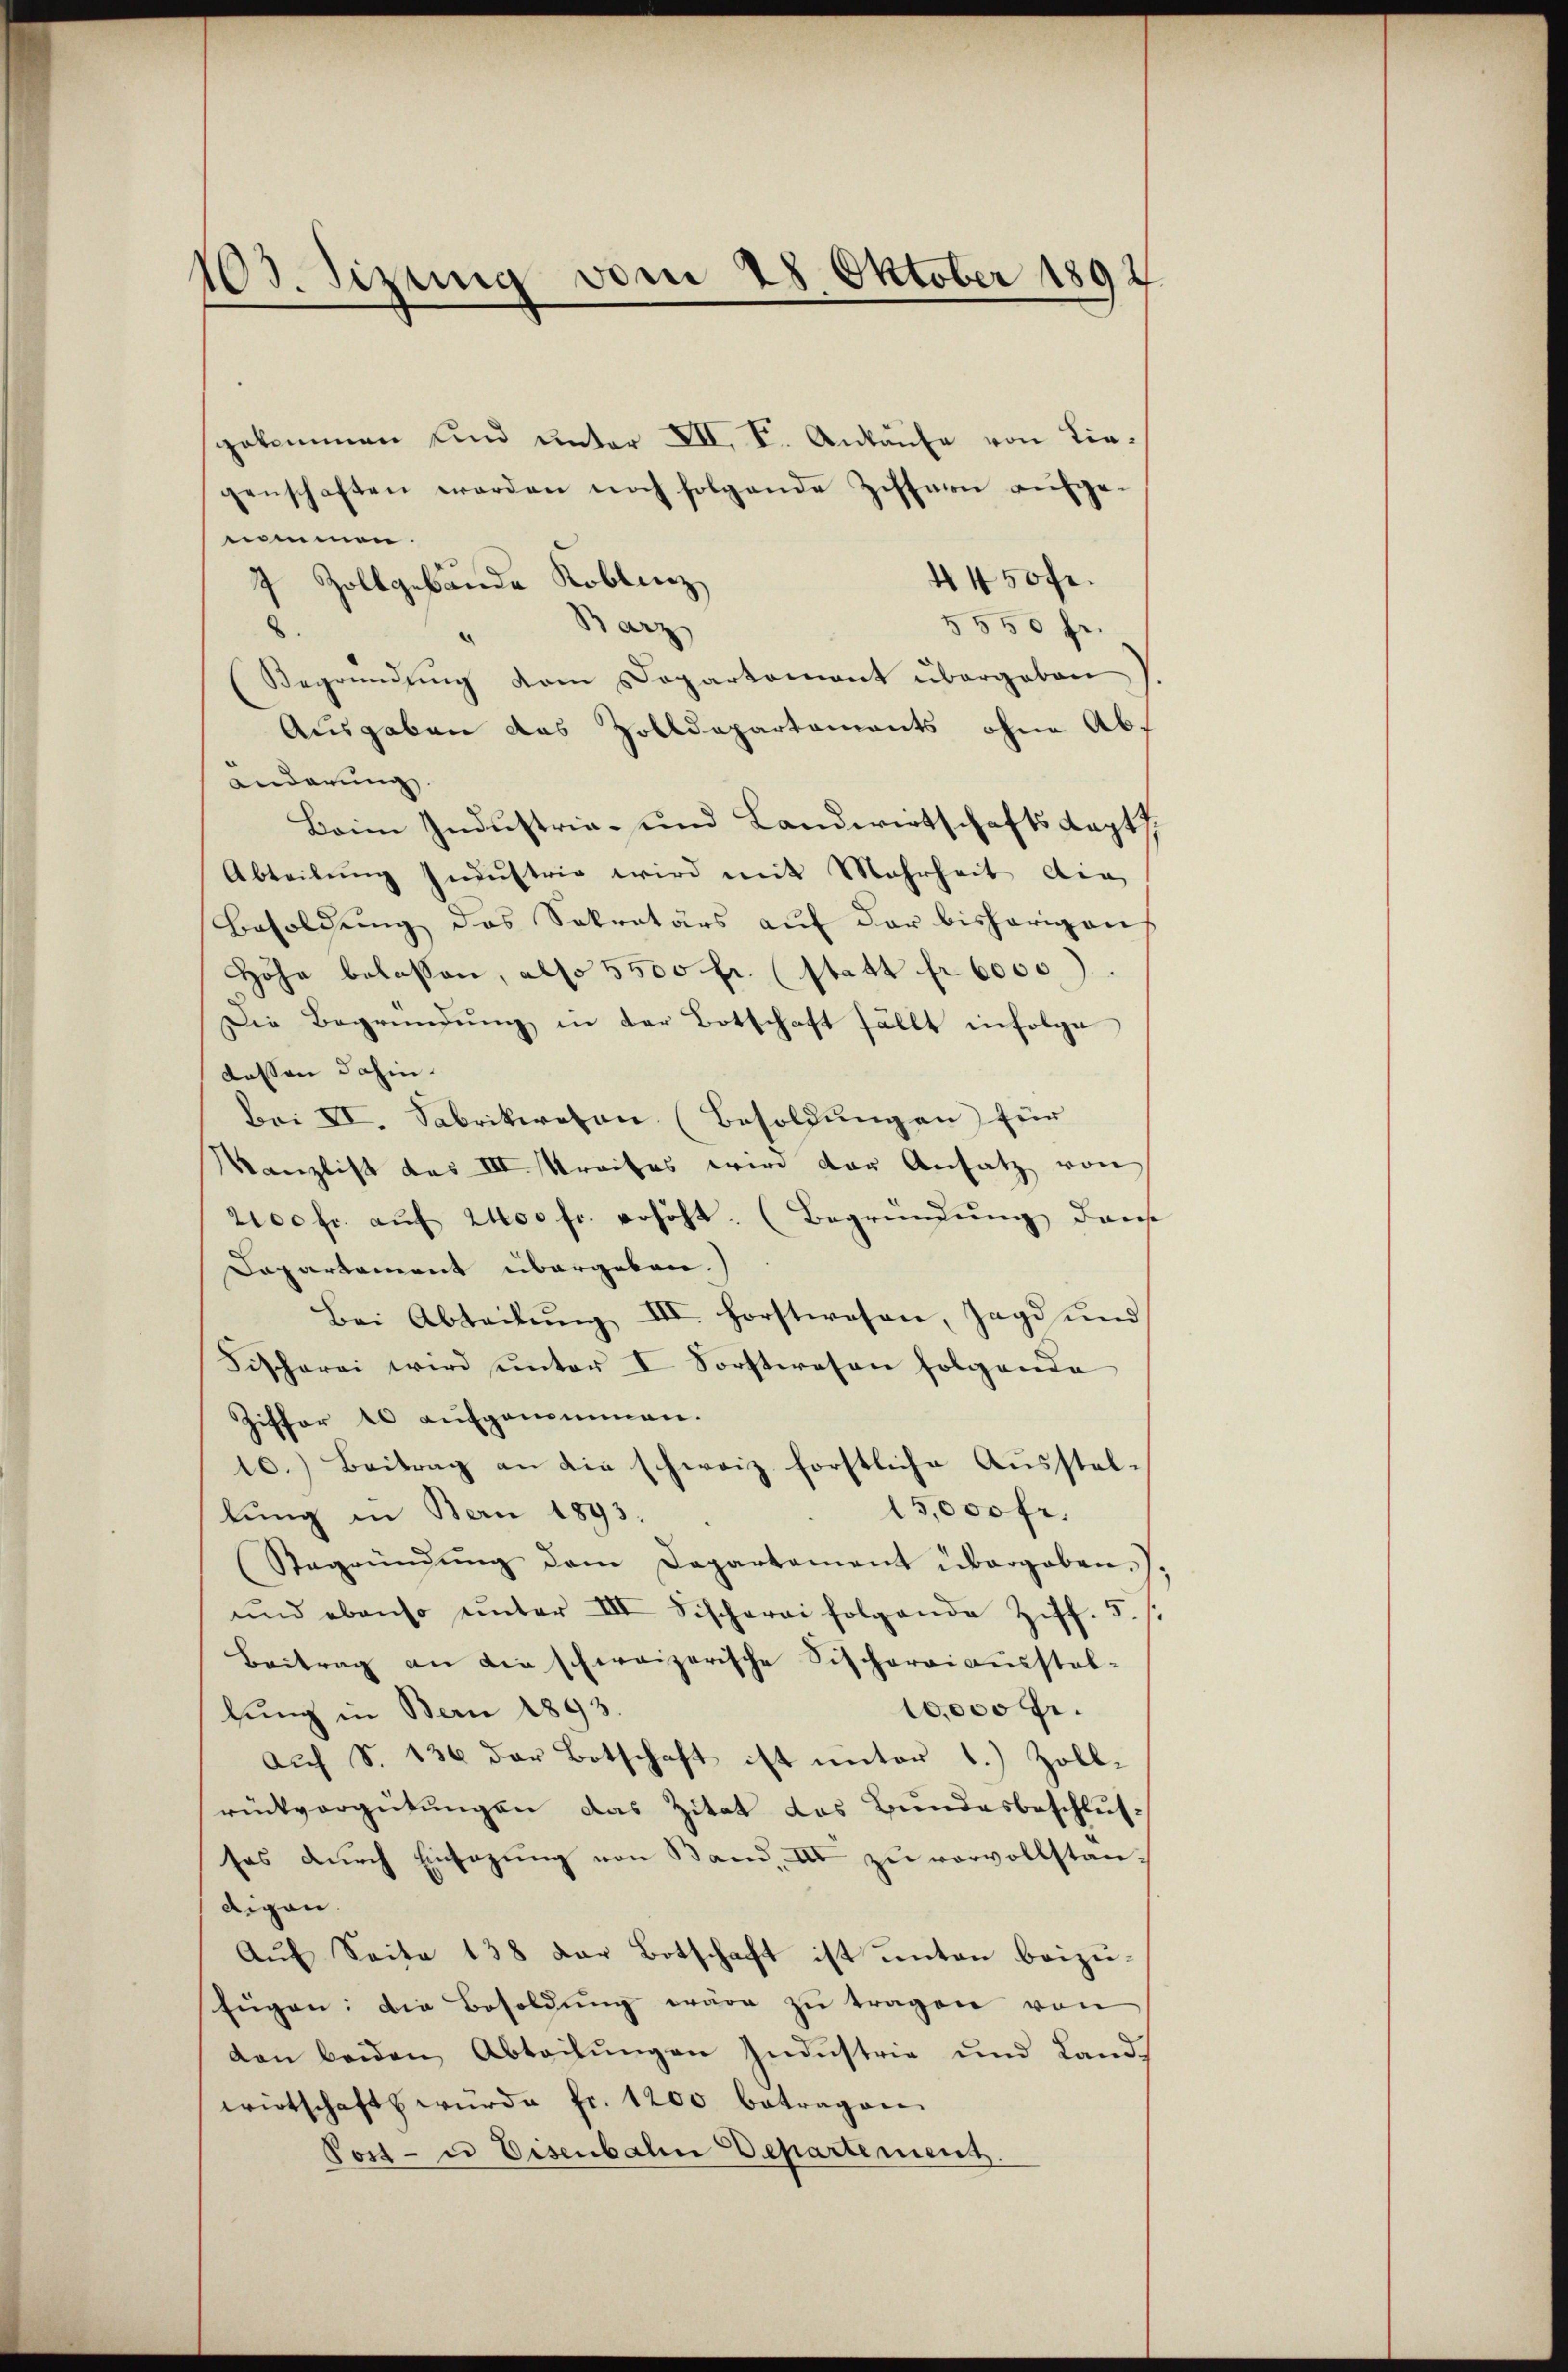
103. Sitzung vom 28. Oktober 1892

gekommen und unter VII, I. Ankäufe von Liegenschaften werden noch folgende Ziffern aufgenommen.
4450fr.
7 Zollgebäude Koblenz
.
§ 550 fr.
Barz
Begründung vom Departement übergaben
Ausgaben das Zolldepartements ohne Abanderung
Beim Industria- und Landwirtschafts Kapt
Abteilŭng Indŭstrig wird mit Mehrheit die
Besoldung des Sekretärs auf der bisherigen
Höhe belassen, also 5500 fr. (statt fr. 6000)
Die Begründung in der Botschaft fällt infolge
dessen dahin.
Bei VI. Sabrikwesen (Besoldungen für
Kanzlist das III. Streites wird der Ansatz von
2100 fr. aŭf 2400 fr. erhöht. (Begründung dans
Dapartement übergeben.
Bei Abteilŭng III. Forstwesen, Jagd und
Fischerei wird unter I Forstwesen folgende
Ziffer 10 aufgenommen.
10.) Beitrag an die schweiz förstliche Ausstel¬
15,000 fr.
lung in Bern 1893.
Stegründŭng dem Departement übergaben.).
und ebenso unter III Fischerei folgende Ziff. 5.
Beitrag an die schweizerische Fischoraiaŭsstel¬
10,000 fr.
lung in Bern 1893.
Auch S. 136 der Botschaft ist unter 1.) Zoll-
rückvergütungen das Zitat des Bundesbeschlus
ses durch Einsazung von Band. II zu vorvollstandigen.
Auf Seite 138 der Botschaft ist unten beizufügen: Die Besoldung wäre zu tragen von
don beiden Abteilungen Industrie und Landwirtschaft würde fr. 1200 betragen.
Post- u Eisenbahn Departement.